Report of the Municipal Commissioner on the plague in Bombay for the year ending 31st May... - Volume 2
Disease focus: Plague
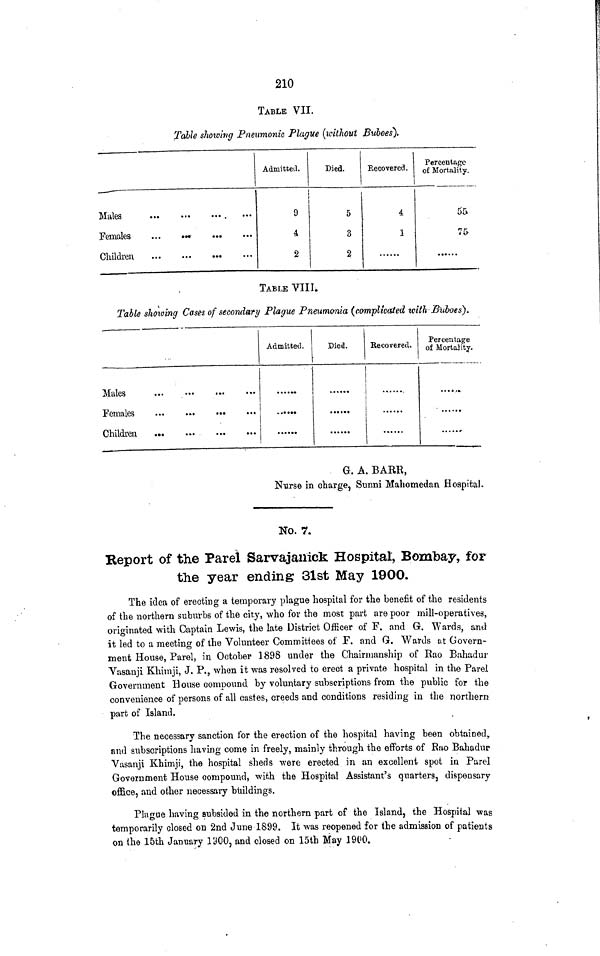
210
TABLE VII.
Table showing Pneumonic Plague (without Buboes).
Males
Females
...
••»
Children
Admitted.
9
4
2
Died.
5
3
2
Recovered.
4
1
Percentage
of Mortality.
55-
75-
TABLE VIII.
Table showing Cases of secondary Plague Pneumo-nia (complicated icitli Buboes).
Males
Females
Admitted.
Pied.
•*• •••
Recovered.
Percentage
of Mortality.
G. A. BARK,
Nurse in charge, Sunni Mahomedan Hospital.
NO. 7.
Keport of the Parel Sarvajanick Hospital, Bombay, for
the year ending 31st May 1900.
The idea of erecting a temporary plague hospital for the benefit of the residents
of the northern suburbs of the city, who for the most part are poor mill-operatives,
originated with Captain Lewis, the late District Officer of F. and G. Wards, ami
it led to a meeting of the Volunteer Committees of F. and G. Wards at Govern-
ment House, Parel, in October 1898 under the Chairmanship of Rao Bahadur
Vasanji Khimji, J. P., when it was resolved to erect a private hospital in the Parel
Government House compound by voluntary subscriptions from the public for the
convenience of persons of all castes, creeds and conditions residing in the northern
part of Island.
The necessary sanction for the erection of the hospital having been obtained,
and subscriptions having come in freely, mainly through the efforts of Rao Bahadur
Vasanji Khimji, the hospital sheds were erected in an excellent spot in Parel
Government House compound, with tbe Hospital Assistant's quartersj dispensary
office, and other necessary buildings.
Plague having subsided in the northern part of the Island, the Hospital was
temporarily closed on 2nd June 1899. It was reopened for the admission of patients
on the 15th January I'JOO, and closed on 15th May 1900.